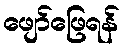
ဖျော်ဖြေရန်